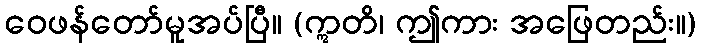
ဝေဖန်တော်မူအပ်ပြီ။ (ဣတိ၊ ဤကား အဖြေတည်း။)